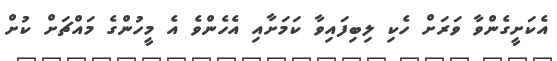
އެކަށީގެންވާ ވަރަށް ހެކި ލިބިފައިވާ ކަމަށާއި އެހެންވެ އެ މީހުންގެ މައްޗަށް ކުށް